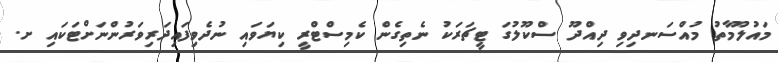
މައުލޫމާތު މުއްސަނދިވި ދިއްދޫ ސްކޫލުގަ ޓީޗަރަކު ނެތިގެން ކެމިސްޓްރީ ކިޔަވައި ނުދެވިފައިދަރިވަރުންނަށްޓަކައި ށ.